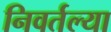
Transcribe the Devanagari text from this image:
निवर्तल्या